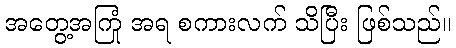
အတွေ့အကြုံ အရ စကားလက် သိပြီး ဖြစ်သည်။